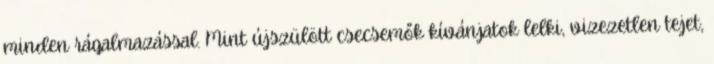
minden rágalmazással. Mint újszülött csecsemők kívánjatok lelki, vizezetlen tejet,